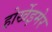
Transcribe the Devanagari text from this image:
होर्खेइमेर